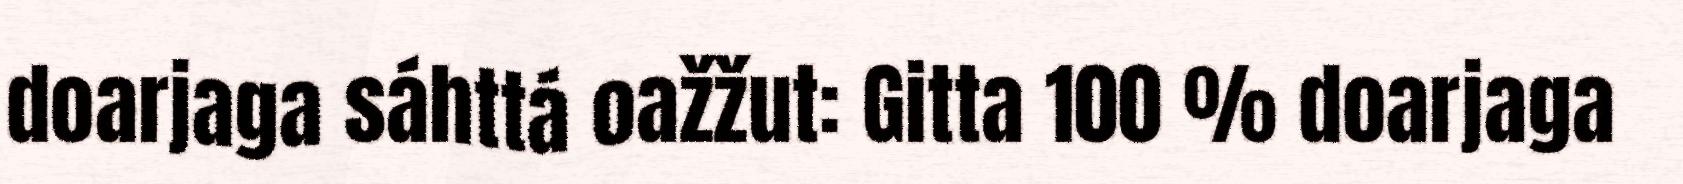
doarjaga sáhttá oažžut: Gitta 100 % doarjaga